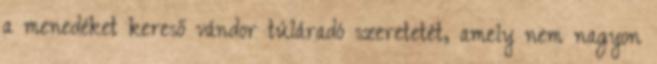
a menedéket kereső vándor túláradó szeretetét, amely nem nagyon